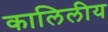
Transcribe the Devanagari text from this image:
कालिलीय